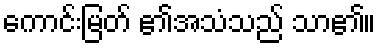
ကောင်းမြတ် ၏အသံသည် သာ၏။